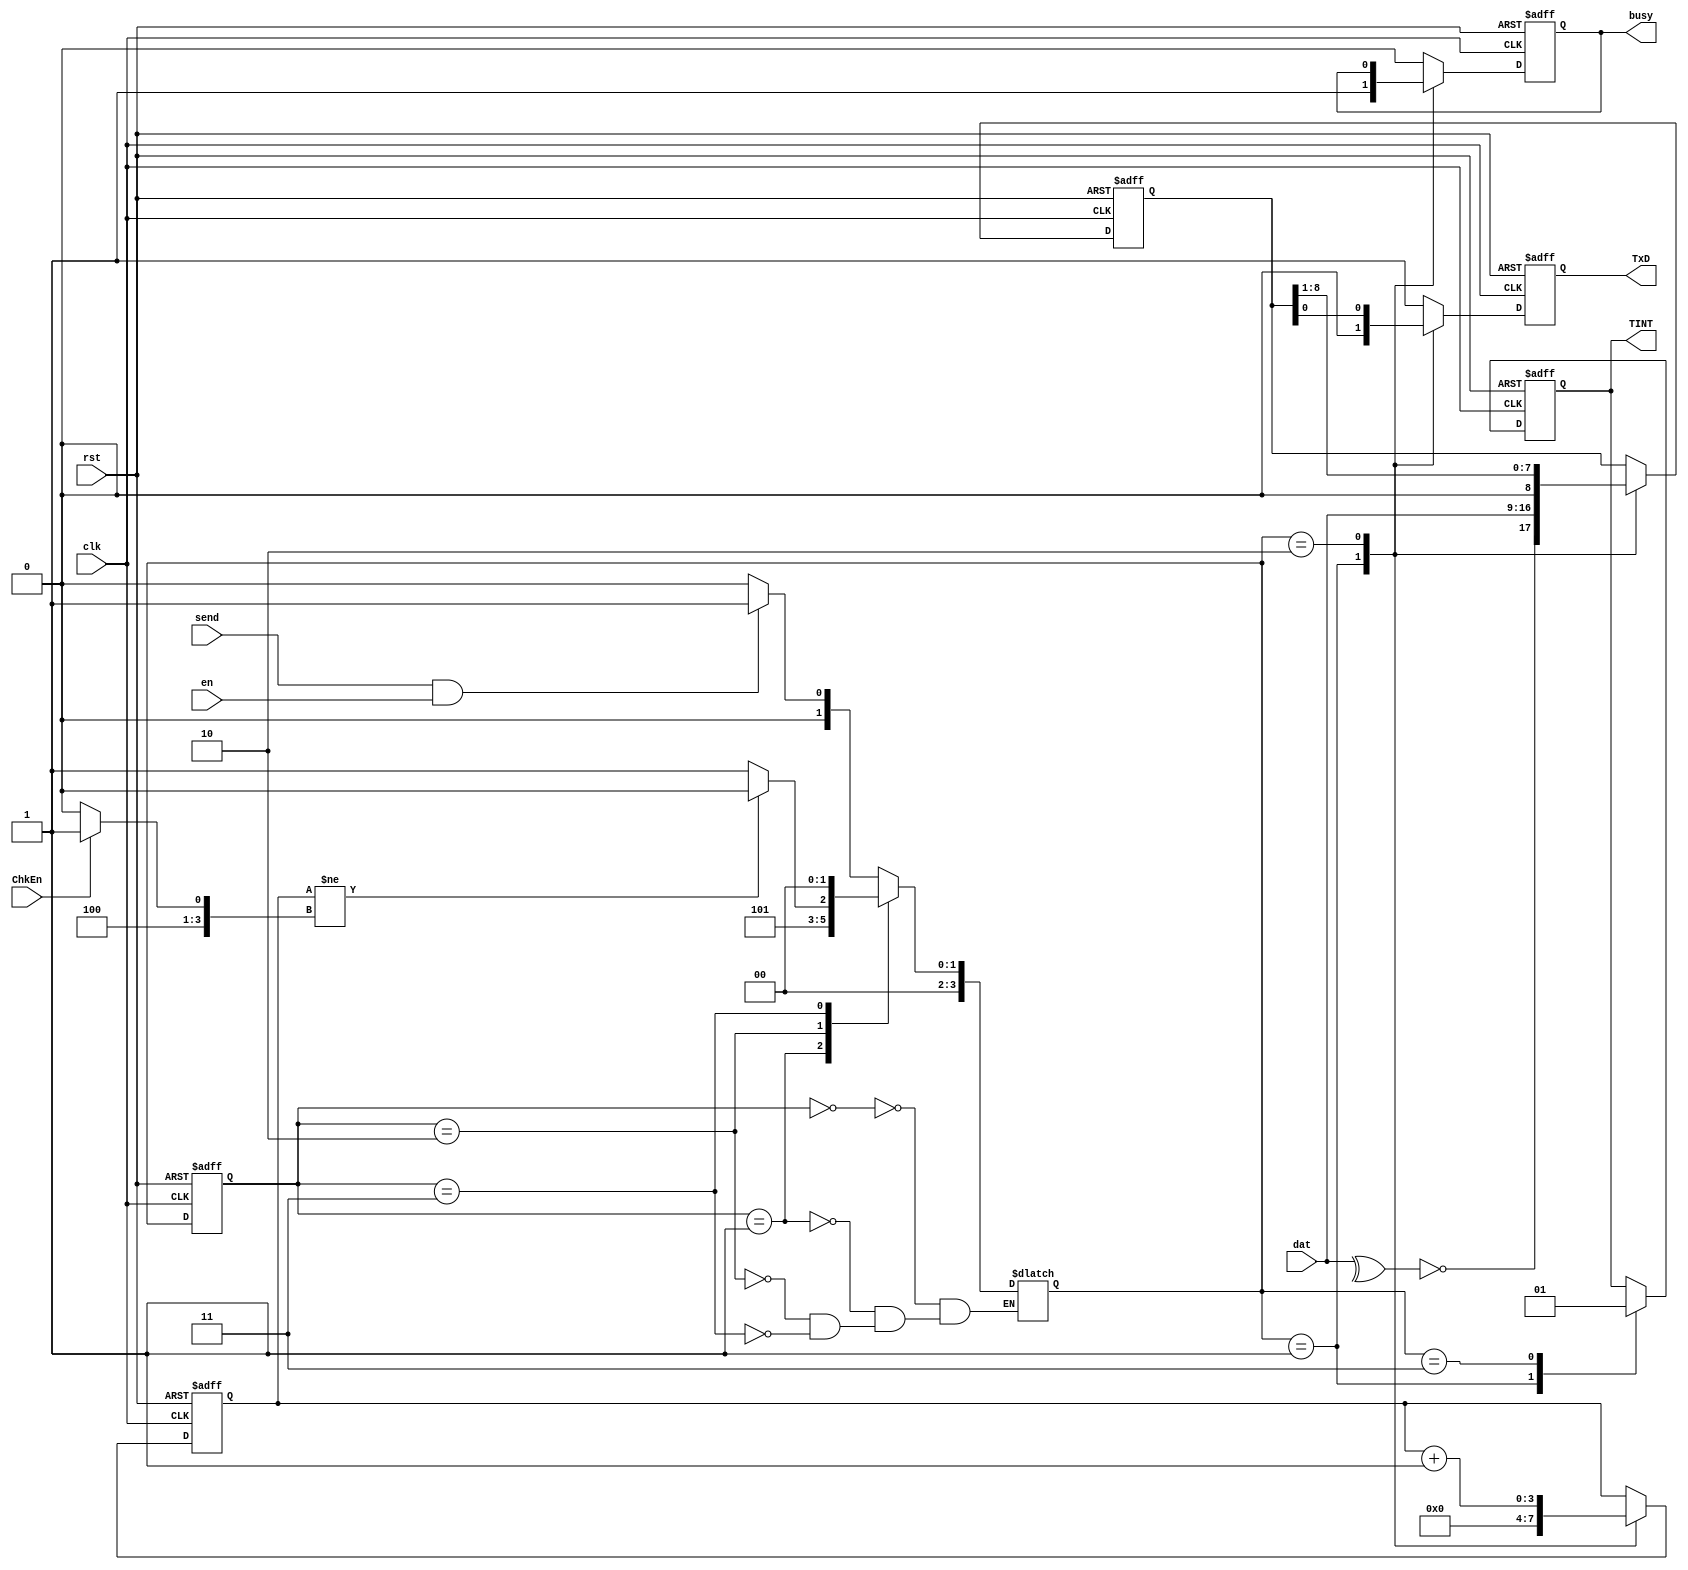
module UART_Tx(clk,rst,en,ChkEn,send,dat,busy,TINT,TxD);
input clk,rst,en,ChkEn,send;
input [7:0] dat;
output reg TxD,busy,TINT;
wire [4:0]TbN;
reg [8:0]TBUF;
reg [3:0]TbC;
reg[3:0]status;
reg[3:0]next_status;
assign TbN=(ChkEn)?9:8;
parameter Idle=2'b00;
parameter Start=2'b01;
parameter Tb=2'b10;
parameter Stop=2'b11;
always @(posedge clk or posedge rst)
begin
if (rst)
	begin
	status<=Idle;
	//TBUF<=8'b0;
	end
else status<=next_status;
end

always @(*)
begin
	case (status)
	Idle:
		begin
		if(send&en) next_status=Start;
		else next_status=Idle;
		end
	Start:next_status=Tb;
	Tb:if(TbC!=TbN)next_status=Tb;
		else next_status=Stop;
	Stop:
		begin
		next_status=Idle;
		end
	endcase
end

always @ (posedge clk or posedge rst)
begin
	if(rst)
	begin
		TxD<=1;
		TBUF<=0;
		busy<=0;
		TbC<=0;
		TINT<=0;
	end
	else
		case (next_status)
			Start:
				begin
				TxD<=1'b0;
				TBUF<={~(^dat),dat};
				busy<=1'b1;
				TINT<=0;
				TbC<=0;
				end
			Tb:
				begin 
					{TBUF,TxD}<=TBUF;
					TbC=TbC+1;
				end	
			Stop:begin TxD<=1'b1;busy<=1'b0;TINT<=1; end
			default:begin TxD<=1'b1;busy<=1'b0;end
		endcase
end
endmodule